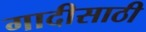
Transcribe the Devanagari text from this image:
गादीसाठी